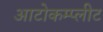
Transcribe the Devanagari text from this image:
आटोकम्प्लीट